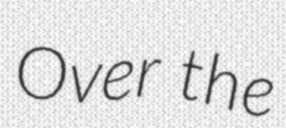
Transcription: Over the